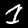
Digit: 1